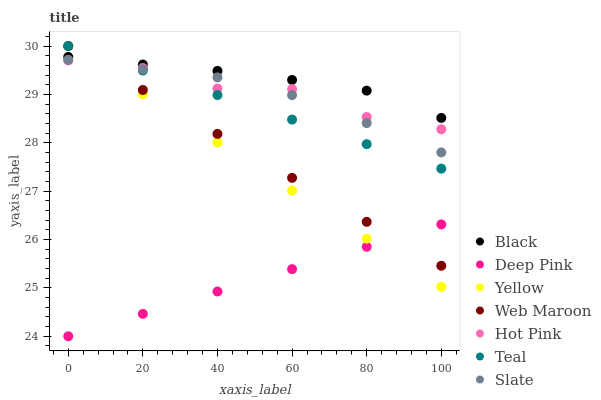
| xaxis_label | Black | Deep Pink | Yellow | Web Maroon | Hot Pink | Teal | Slate |
 | --- | --- | --- | --- | --- | --- | --- | --- |
 | 0 | 29.8 | 24 | 30 | 30 | 29.7 | 30 | 29.7 |
 | 20 | 29.6 | 24.5 | 29 | 29.1 | 29.5 | 29.5 | 29.5 |
 | 40 | 29.5 | 24.9 | 28 | 28.2 | 29.1 | 29 | 29.4 |
 | 60 | 29.3 | 25.4 | 27 | 27.3 | 29.1 | 28.5 | 29 |
 | 80 | 29.1 | 25.8 | 26 | 26.4 | 28.5 | 28 | 28.4 |
 | 100 | 28.5 | 26.3 | 25 | 25.5 | 28.3 | 27.5 | 27.8 |